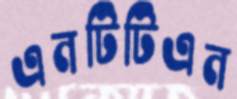
এনটিটিএন